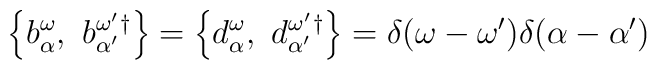
\left\{ b_\alpha^\omega,~b_{\alpha^\prime}^{\omega^\prime}{}^\dagger \right\} =\left\{ d_\alpha^\omega,~d_{\alpha^\prime}^{\omega^\prime}{}^\dagger \right\}= \delta(\omega - \omega') \delta(\alpha - \alpha')